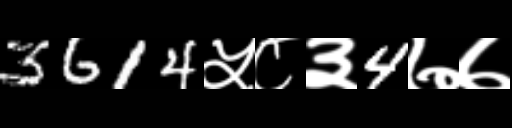
Text: 3614५८३4७७